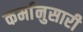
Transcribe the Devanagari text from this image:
कर्मानुसारी